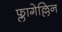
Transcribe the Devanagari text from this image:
फ्लागेल्लिन